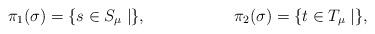
LaTeX: \begin{align*}\pi_1(\sigma) = \lbrace s \in S_\mu \mid \rbrace,&&\pi_2(\sigma) = \lbrace t \in T_\mu \mid \rbrace,\end{align*}